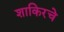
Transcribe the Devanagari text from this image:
शाकिरचे